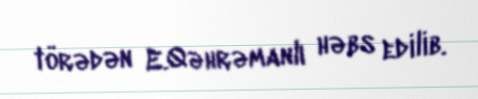
törədən E.Qəhrəmanlı həbs edilib.